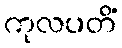
ကုလပတိံ